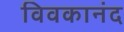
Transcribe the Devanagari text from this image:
विवकानंद